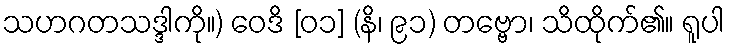
သဟဂတသဒ္ဒါကို။) ဝေဒိ [၀၁] (နိ၊ ၉၁) တဗ္ဗော၊ သိထိုက်၏။ ရူပါ